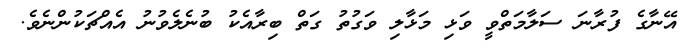
އޭނާގެ ފުރާނަ ސަލާމަތްވީ ވަޅި މަޅާލި ވަގުތު ގަތް ބިރާއެކު ބުނެލެވުނު އެއްޗަކުންނެވެ.